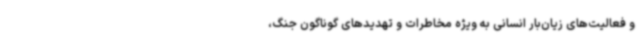
و فعالیت‌های زیان‌بار انسانی به ویژه مخاطرات و تهدیدهای گوناگون جنگ،